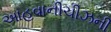
આહવાનીચીઝની